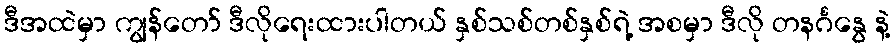
ဒီအထဲမှာ ကျွန်တော် ဒီလိုရေးထားပါတယ် နှစ်သစ်တစ်နှစ်ရဲ့ အစမှာ ဒီလို တနင်္ဂနွေ နဲ့